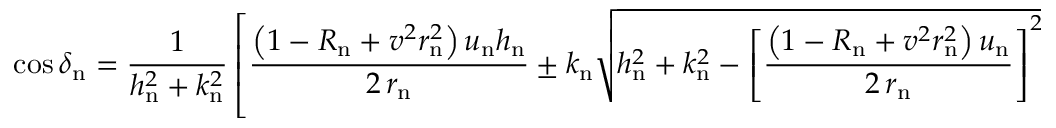
\cos \delta _ { \mathrm { n } } = \frac { 1 } { h _ { \mathrm { n } } ^ { 2 } + k _ { \mathrm { n } } ^ { 2 } } \left[ \frac { \left( 1 - R _ { \mathrm { n } } + v ^ { 2 } r _ { \mathrm { n } } ^ { 2 } \right) u _ { \mathrm { n } } h _ { \mathrm { n } } } { 2 \, r _ { \mathrm { n } } } \pm k _ { \mathrm { n } } \sqrt { h _ { \mathrm { n } } ^ { 2 } + k _ { \mathrm { n } } ^ { 2 } - \left[ \frac { \left( 1 - R _ { \mathrm { n } } + v ^ { 2 } r _ { \mathrm { n } } ^ { 2 } \right) u _ { \mathrm { n } } } { 2 \, r _ { \mathrm { n } } } \right] ^ { 2 } } \right] .